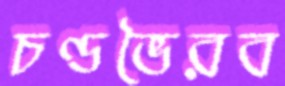
চণ্ডভৈরব